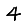
Digit: 4